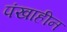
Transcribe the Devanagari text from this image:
पंखाहीन